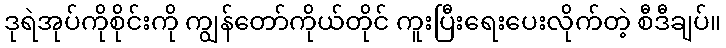
ဒုရဲအုပ်ကိုစိုင်းကို ကျွန်တော်ကိုယ်တိုင် ကူးပြီးရေးပေးလိုက်တဲ့ စီဒီချပ်။